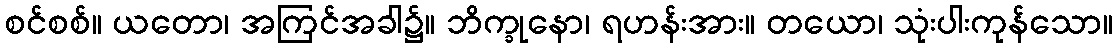
စင်စစ်။ ယတော၊ အကြင်အခါ၌။ ဘိက္ခုနော၊ ရဟန်းအား။ တယော၊ သုံးပါးကုန်သော။